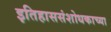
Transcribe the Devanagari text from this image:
इतिहाससंशोधकाच्या